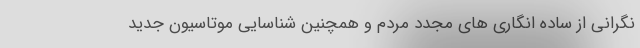
نگرانی از ساده انگاری های مجدد مردم و همچنین شناسایی موتاسیون جدید